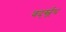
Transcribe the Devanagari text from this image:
वर्द्स्व्र्थ